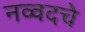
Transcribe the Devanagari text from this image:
नव्वदचे